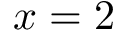
x = 2